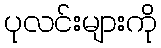
ပုလင်းများကို